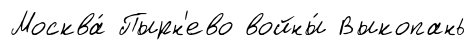
Москва́ Пырн'ево войны́ Выкопань